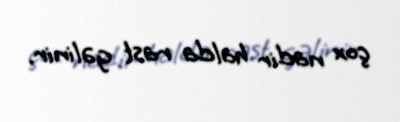
çox nadir halda rast gəlinir.